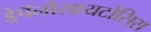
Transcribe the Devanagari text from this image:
ड्रेपॅनोसायटोसिस